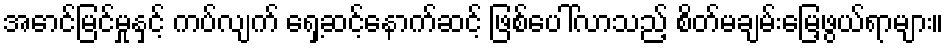
အောင်မြင်မှုနှင့် ကပ်လျက် ရှေ့ဆင့်နောက်ဆင့် ဖြစ်ပေါ်လာသည့် စိတ်မချမ်းမြေ့ဖွယ်ရာများ။